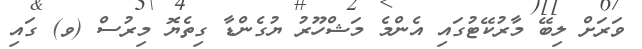
ވަރަށް ލިބޭ މާރުކޭޓުގައި އެންމެ މަޝްހޫރު ޔުގެންޑާ ގިތެޔޮ މިރުސް (ވ) ގައި